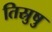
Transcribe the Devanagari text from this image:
तिस्रुषु